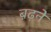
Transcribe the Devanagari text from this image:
ब़ढ़ने